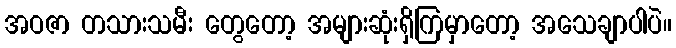
အဝဇာ တသားသမီး တွေတော့ အများဆုံးရှိကြမှာတော့ အသေချာပါပဲ။